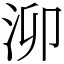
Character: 泖